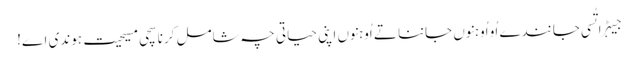
جیہڑا تُسی جانندے اُو اُوہنوں جاننا تے اُوہنوں اپنی حیاتی چہ شامل کرنا سچی مسیحیت ہوندی اے!